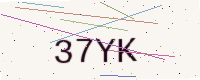
Text: 37YK